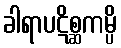
ခါရာပဋိစ္ဆကမ္ပိ